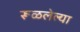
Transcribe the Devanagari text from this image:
रूळलेल्या